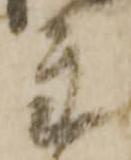
主